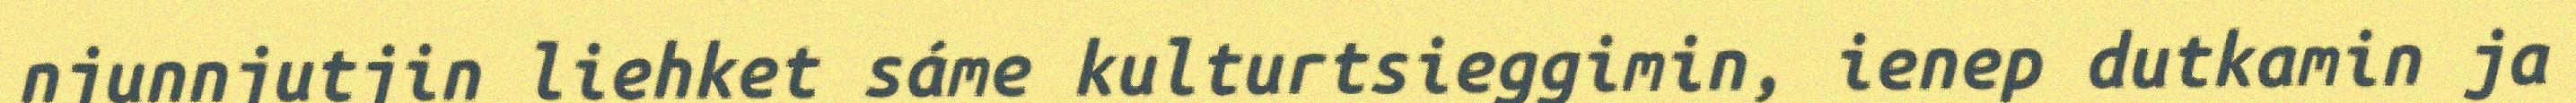
njunnjutjin liehket sáme kulturtsieggimin, ienep dutkamin ja